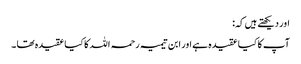
اور دیکھتے ہیں کہ:
آپ کا کیا عقیدہ ہے اور ابن تیمیہ رحمہ اللہ کا کیا عقیدہ تھا ۔